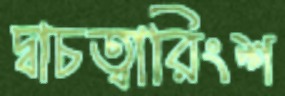
দ্বাচত্বারিংশ